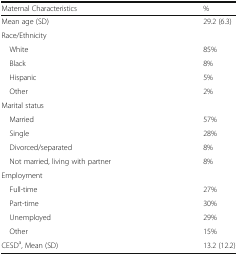
| Maternal Characteristics | % |
 | --- | --- |
 | Mean age (SD) | 29.2 (6.3) |
 | <COLSPAN=2> Race/Ethnicity |
 | White | 85% |
 | Black | 8% |
 | Hispanic | 5% |
 | Other | 2% |
 | <COLSPAN=2> Marital status |
 | Married | 57% |
 | Single | 28% |
 | Divorced/separated | 8% |
 | Not married, living with partner | 8% |
 | <COLSPAN=2> Employment |
 | Full-time | 27% |
 | Part-time | 30% |
 | Unemployed | 29% |
 | Other | 15% |
 | CESDa, Mean (SD) | 13.2 (12.2) |